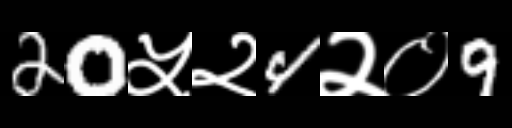
Text: 20५२4२०9